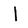
Character: I